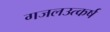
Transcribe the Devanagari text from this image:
गजलउत्कर्ष